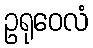
ဥရုဝေလံ